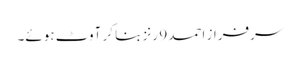
سرفراز احمد 9 رنز بنا کر آوٹ ہوئے۔